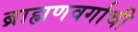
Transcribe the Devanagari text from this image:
ब्राह्मणवर्गाची